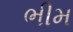
ભીમ